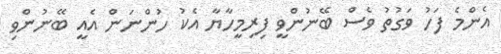
އެންމެ ފަހު ވަގުތު ވެސް ބޭނުންވީ ފިރިމީހާޔާ އެކު ހުންނަން އެއީ ބޭނުންވި